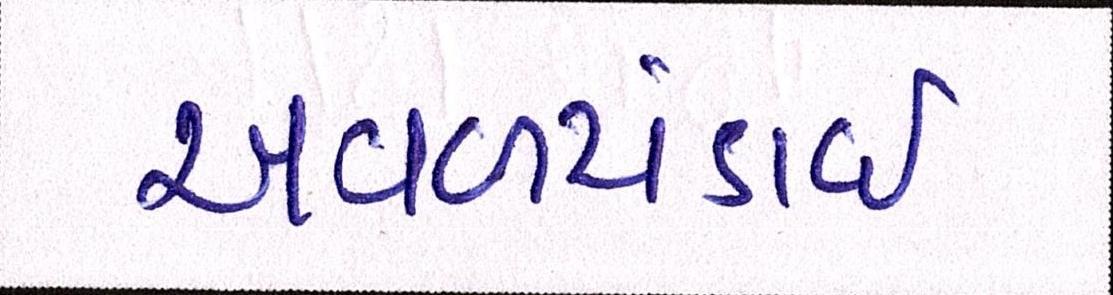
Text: અવળચંડાઇ